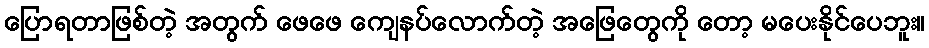
ပြောရတာဖြစ်တဲ့ အတွက် ဖေဖေ ကျေနပ်လောက်တဲ့ အဖြေတွေကို တော့ မပေးနိုင်ပေဘူး။